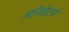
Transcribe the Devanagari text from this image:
अनिमेंटर्स